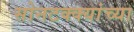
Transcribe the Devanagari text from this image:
सोनटक्क्यांच्या